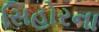
સિહોરના